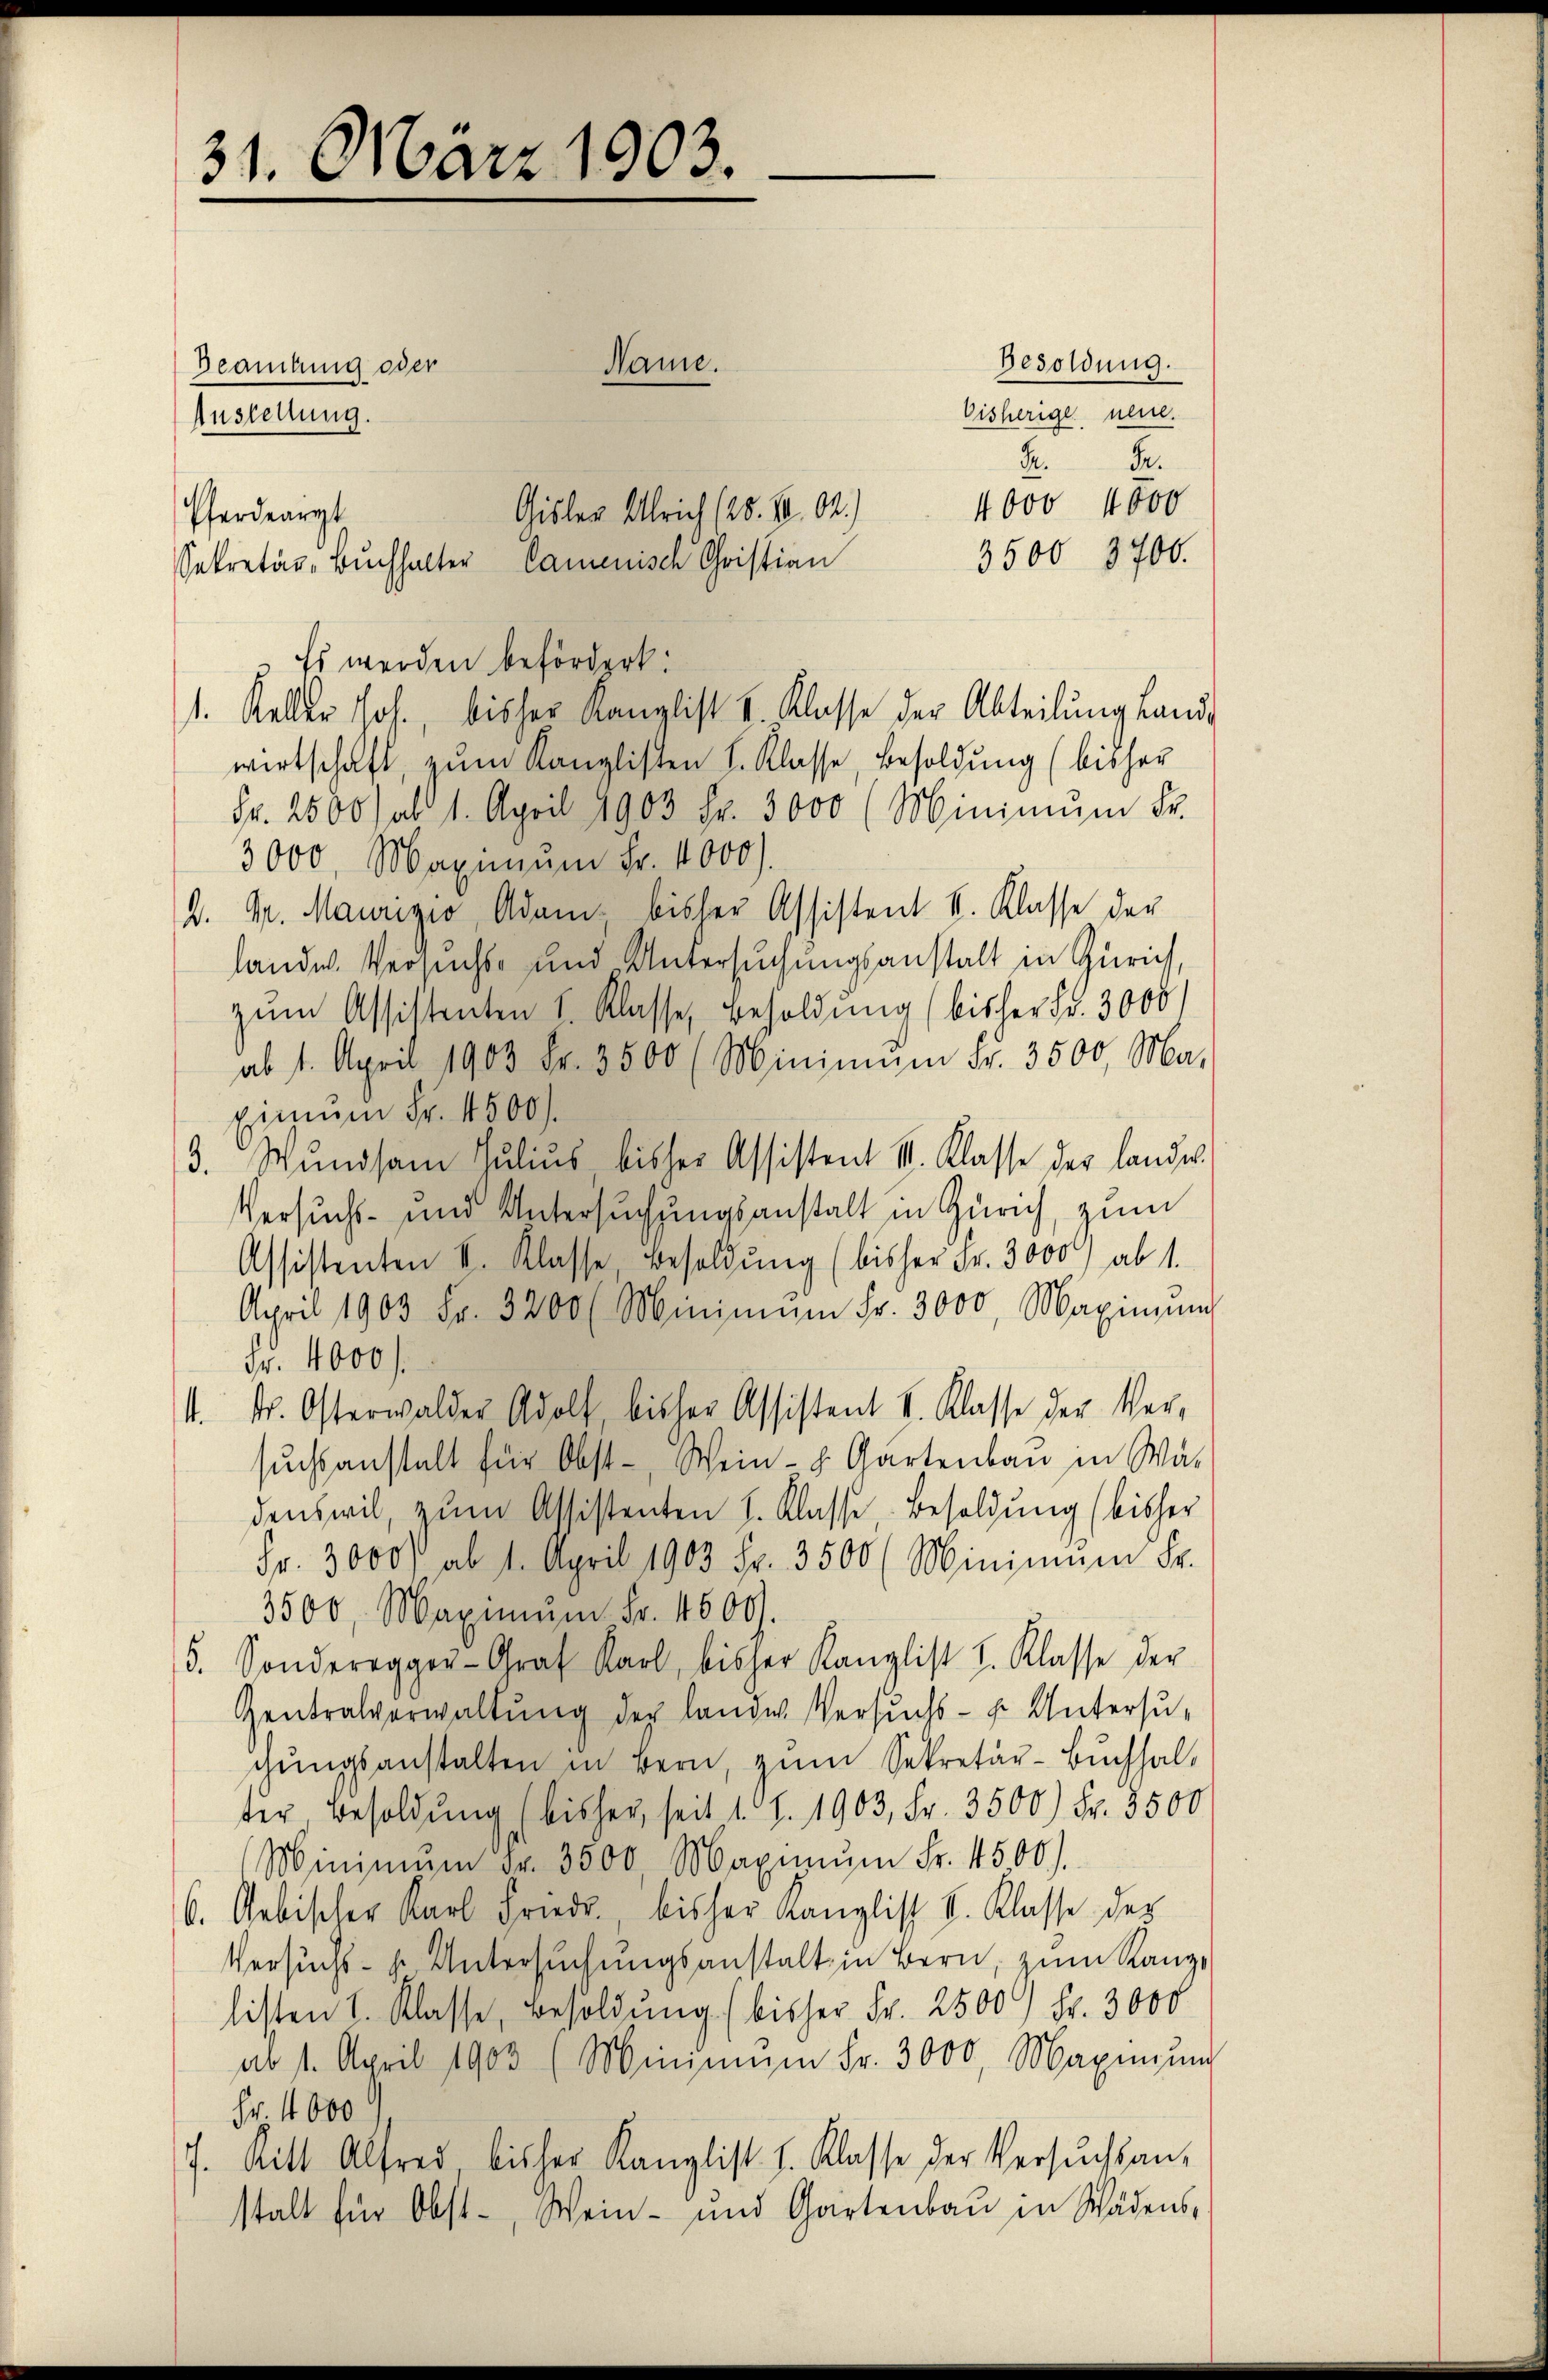
31. März 1903.

M. D.
4000 4000
3500 8700.
wirtschaft, zum Kanzlisten I. Klasse, Besoldung (bisher
Fr. 2500) ad 1. April 1903 Fr. 3000 (Minimŭm Fr.
3000 Maximum Fr. 4000.
D. Mr. Mairizio, Adam, bisher Assistent k. Klasse der
landw. Versuchs- und Untersuchungsanstalt in Zürich,
zum Assistenten I. Klasse, Besoldung (bisher Fr. 3000/
ab 1. April 1903. Fr. 3500 (Minimum Fr. 3500 Ma-
Einum Fr. 4500.
3. Wundsam Julius bisher Assistent V. Klasse der lander
Versuchs- und Untersuchungsanstalt in Zürich, zum
Assistenten V. Klasse Besoldung (bisher Fr. 3000 ab 1.
April 1903 Fr. 3200 (Minimum Fr. 3000 Maximum
Fr. 4000.
. dr. Osterwalder Adolf, bisher Assistent V. Klasse der Ver-
sŭchsanstalt für Obst- Wein- u. Gartenbaŭ in Wä
denswil, zum Assistenten I. Klasse Besoldung (bisher
Fr. 3000 ab 1. April 1903 Fr. 3500 (Minimum Fr.
3500. Maximŭm Fr. 4600.
5. Sonderegger-Graf Karl, bisher Kanzlist I. Klasse der
Gentralverwaltŭng der lande Versŭchs- u. Untersu-
gŭngsanstalten in Bern, zŭm Sekretär-Buchhal-
der Besoldung (bisher, seit 1 S. 1903, Fr. 3500) Fr. 8500
Minimum Fr. 3500 Maximŭm Fr. 4500)
6. Uebischer Karl Friedr. bisher Kanzlist I. Klasse des
Versuchs- u. Untersuchungsanstalt in Bern, zum Kanzlisten I. Klasse, Besoldung (bisher Fr. 2500 Fr. 3000
ab 1. April 1903 (Minimum Fr. 3000 Maximŭng
Fr. 1000
7. Ritt Alfred bisher Kanzlist. I. Klasse der Versuchsan-
stalt für Obst-, Wein- und Gartenbau in Schädens-

Beamtung oder
Anstellung.

Name.

Gisler Ulrich (25. 1004.)
Pferdearzt
Sekretär, Buchhalter Camenisch Christian
Es werden befördert:
1. Keller Joh., bisher Kanzlist & Klasse der Abteilŭng fande

Besoldung.
bisherige neue.